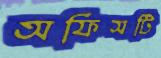
অফিসটি